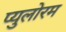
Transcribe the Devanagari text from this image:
प्युलोरम